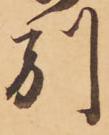
別